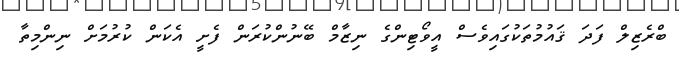
ބްރެޒިލް ފަދަ ޤައުމުތަކުގައިވެސް އީވޯޓިންގެ ނިޒާމް ބޭނުންކުރަން ފެށީ އެކަން ކުރުމަށް ނިންމިތާ